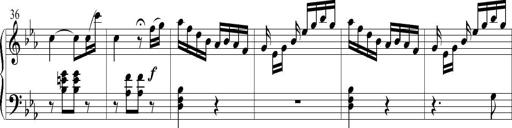
Title: 6 Leichte Sonatinen, Teil 1
Composer: F. Sigismund Sander